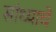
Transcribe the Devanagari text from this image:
सांध्याचे